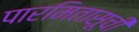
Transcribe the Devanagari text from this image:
पारमितासूची